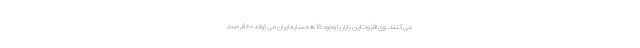
می کنند. وی افزود: این بازار با وجود ۱۵ همسایه ایران می تواند ۶۰ فرصت